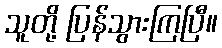
သူတို့ ပြန်သွားကြပြီ။